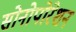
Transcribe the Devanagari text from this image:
सोनोपोरेशन